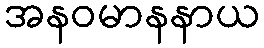
အနဝမာနနာယ